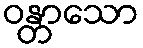
ဝန္တာသော